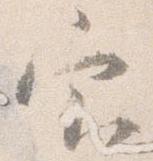
官